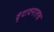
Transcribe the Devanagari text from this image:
वृंदावनातच